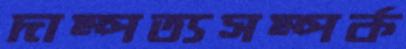
দাম্পত্যসম্পর্ক